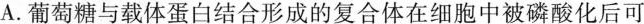
A.葡萄糖与载体蛋白结合形成的复合体在细胞中被磷酸化后可